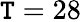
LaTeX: \mathtt{T}=28